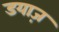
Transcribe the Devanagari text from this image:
डयाज़